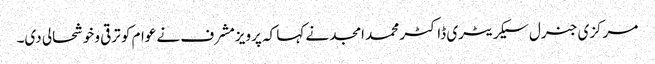
مرکزی جنرل سیکریٹری ڈاکٹر محمد امجد نے کہا کہ پرویزمشرف نے عوام کو ترقی وخوشحالی دی۔